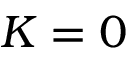
K = 0